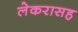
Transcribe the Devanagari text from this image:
लेकरासह